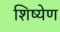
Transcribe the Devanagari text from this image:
शिष्येण